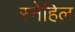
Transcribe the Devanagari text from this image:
स्नेहिल